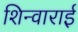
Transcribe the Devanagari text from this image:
शिन्वाराई